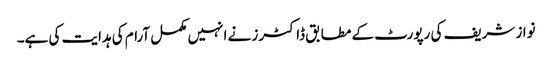
نواز شریف کی رپورٹ کے مطابق ڈاکٹرز نے انہیں مکمل آرام کی ہدایت کی ہے۔